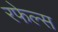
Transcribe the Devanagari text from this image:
रफेल्स